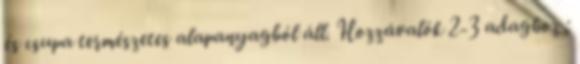
és csupa természetes alapanyagból áll. Hozzávalók 2-3 adaghoz :